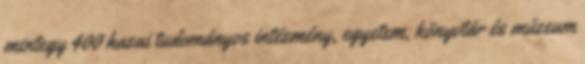
mintegy 400 hazai tudományos intézmény, egyetem, könyvtár és múzeum